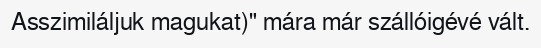
Asszimiláljuk magukat)" mára már szállóigévé vált.